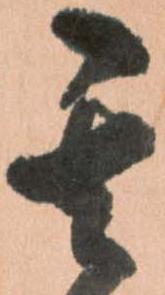
其